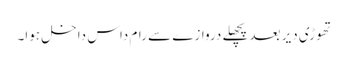
تھوڑی دیر بعد پچھلے دروازے سے رام داس داخل ہوا۔